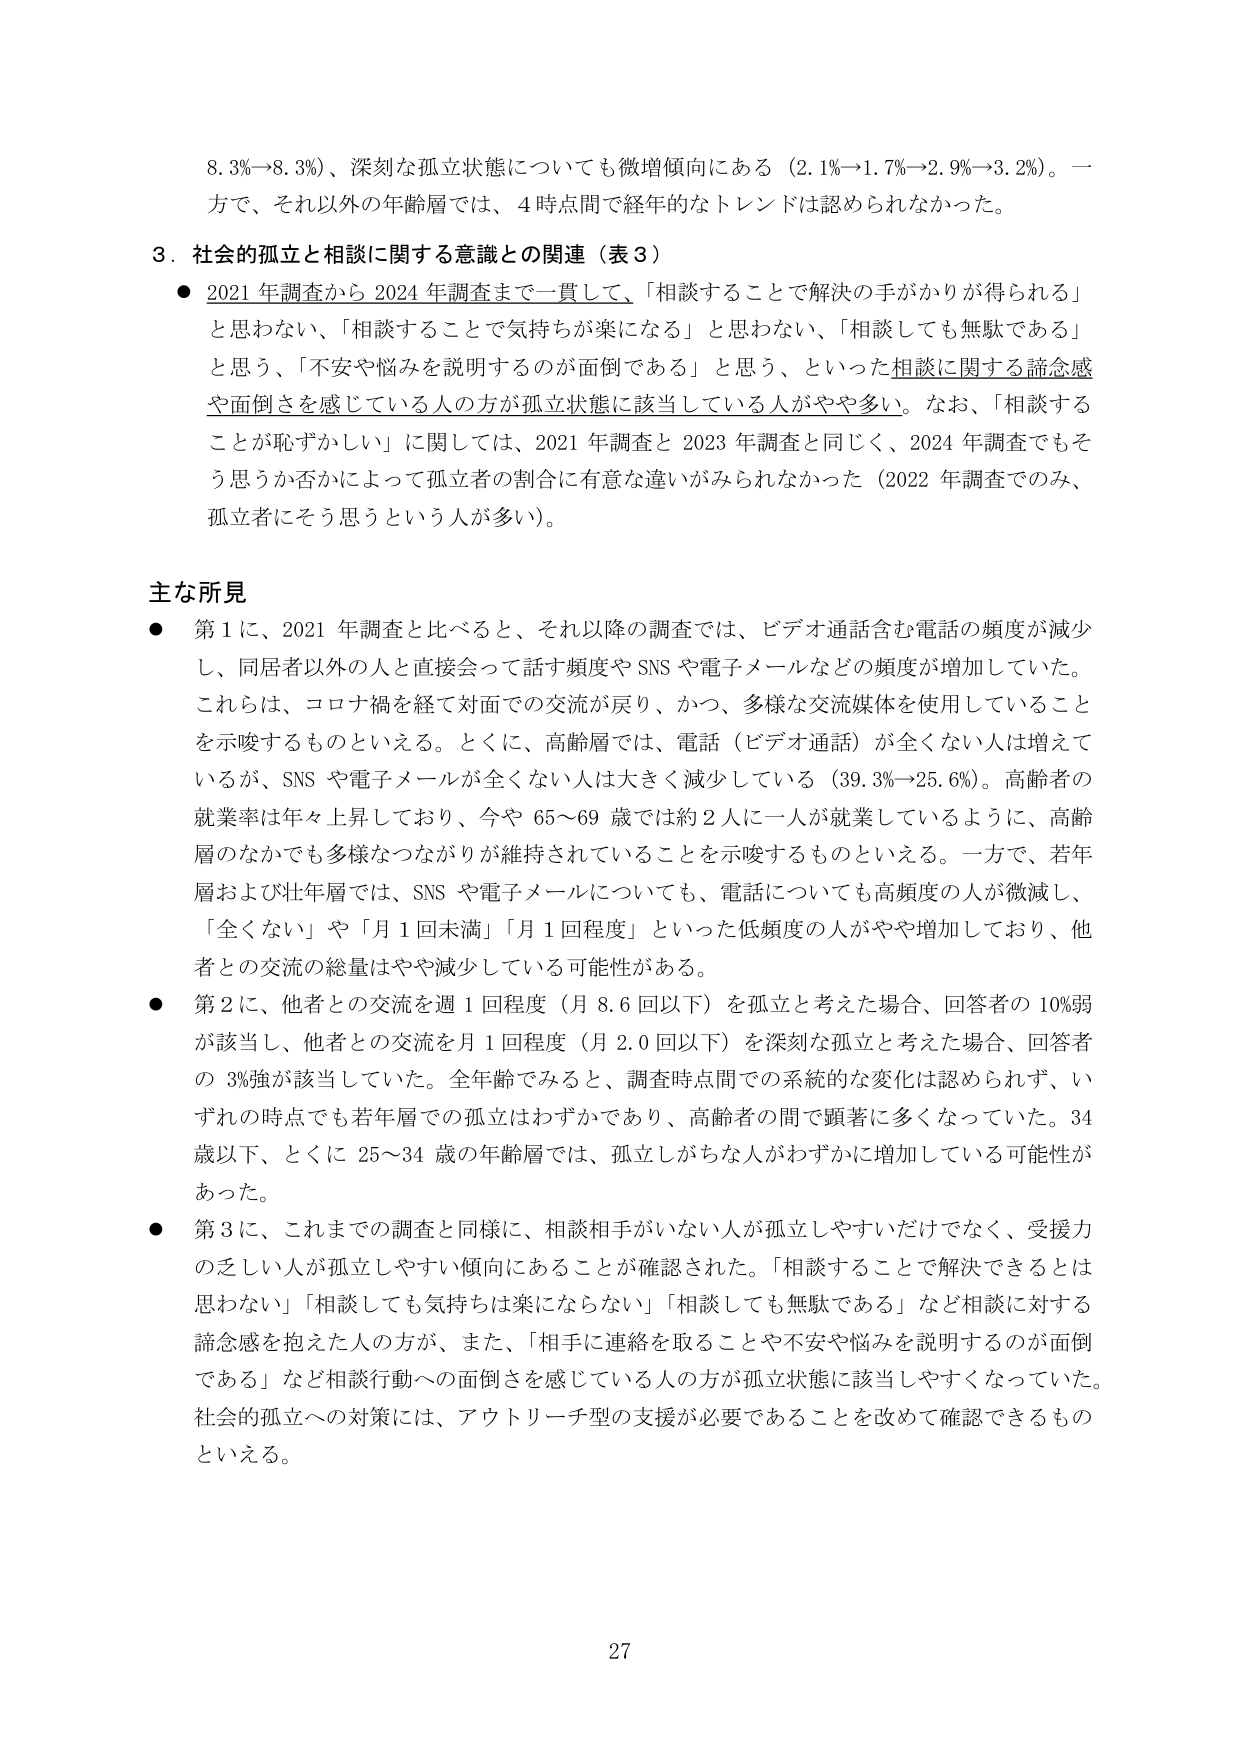
8.3%→8.3%）、深刻な孤立状態についても微増傾向にある（2.1%→1.7%→2.9%→3.2%）。一方で、それ以外の年齢層では、4時点間で経年的なトレンドは認められなかった。

3．社会的孤立と相談に関する意識との関連（表3）
● 2021年調査から2024年調査まで一貫して、「相談することで解決の手がかりが得られる」と思わない、「相談することで気持ちが楽になる」と思わない、「相談しても無駄である」と思う、「不安や悩みを説明するのが面倒である」と思う、といった相談に関する諦念感や面倒さを感じている人の方が孤立状態に該当している人がやや多い。なお、「相談することが恥ずかしい」に関しては、2021年調査と2023年調査と同じく、2024年調査でもそう思うか否かによって孤立者の割合に有意な違いがみられなかった（2022年調査でのみ、孤立者にそう思うという人が多い）。

主な所見
● 第1に、2021年調査と比べると、それ以降の調査では、ビデオ通話含む電話の頻度が減少し、同居者以外の人と直接会って話す頻度やSNSや電子メールなどの頻度が増加していた。これらは、コロナ禍を経て対面での交流が戻り、かつ、多様な交流媒体を使用していることを示唆するものといえる。とくに、高齢層では、電話（ビデオ通話）が全くない人は増えているが、SNSや電子メールが全くない人は大きく減少している（39.3%→25.6%）。高齢者の就業率は年々上昇しており、今や65～69歳では約2人に一人が就業しているように、高齢層のなかでも多様なつながりが維持されていることを示唆するものといえる。一方で、若年層および壮年層では、SNSや電子メールについても、電話についても高頻度の人が微減し、「全くない」や「月1回未満」「月1回程度」といった低頻度の人がやや増加しており、他者との交流の総量はやや減少している可能性がある。

● 第2に、他者との交流を週1回程度（月8.6回以下）を孤立と考えた場合、回答者の10%弱が該当し、他者との交流を月1回程度（月2.0回以下）を深刻な孤立と考えた場合、回答者の3%強が該当していた。全年齢でみると、調査時点間での系統的な変化は認められず、いずれの時点でも若年層での孤立はわずかであり、高齢者の間で顕著に多くなっていた。34歳以下、とくに25～34歳の年齢層では、孤立しがちな人がわずかに増加している可能性があった。

● 第3に、これまでの調査と同様に、相談相手がいない人が孤立しやすいだけでなく、受援力の乏しい人が孤立しやすい傾向にあることが確認された。「相談することで解決できるとは思わない」「相談しても気持ちは楽にならない」「相談しても無駄である」など相談に対する諦念感を抱えた人の方が、また、「相手に連絡を取ることや不安や悩みを説明するのが面倒である」など相談行動への面倒さを感じている人の方が孤立状態に該当しやすくなっていた。社会的孤立への対策には、アウトリーチ型の支援が必要であることを改めて確認できるものといえる。

27